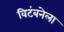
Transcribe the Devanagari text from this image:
विटंबनेला